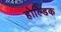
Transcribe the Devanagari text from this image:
होल्डिक